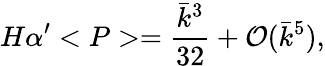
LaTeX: H\alpha^{\prime}<P>=\frac{\bar{k}^{3}}{32}+{\cal O}(\bar{k}^{5}),